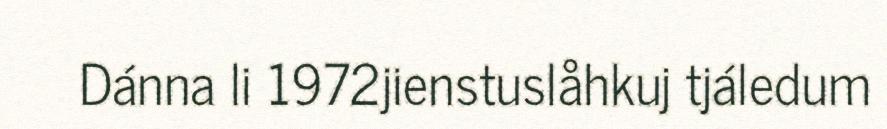
Dánna li 1972jienstuslåhkuj tjáledum